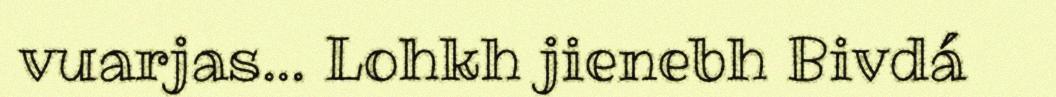
vuarjas... Lohkh jienebh Bivdá